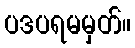
ပဒပရမမှတ်။